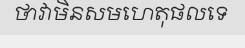
ថាវាមិនសមហេតុផលទេ